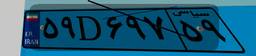
۳۳D۱۹۶۷۸